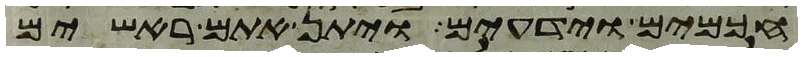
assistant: חכמים וידעים ויתן אתם ראשים